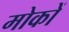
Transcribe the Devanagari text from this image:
मोकों